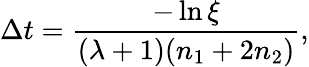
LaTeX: \Delta t=\frac{-\ln\xi}{(\lambda+1)(n_{1}+2n_{2})},